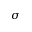
\sigma